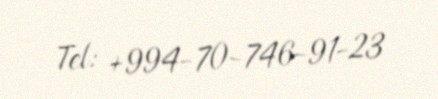
Tel: +994-70-746-91-23